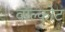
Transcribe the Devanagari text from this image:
वॉल्कोट